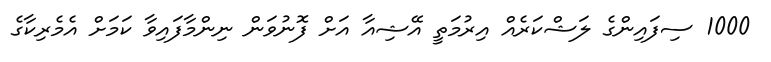
1000 ސިފައިންގެ ލަޝްކަރެއް އިރުމަތީ އޭޝިއާ އަށް ފޮނުވަން ނިންމާފައިވާ ކަމަށް އެމެރިކާގެ